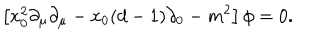
\left[ x _ { 0 } ^ { 2 } \partial _ { \mu } \partial _ { \mu } - x _ { 0 } ( d - 1 ) \partial _ { 0 } - m ^ { 2 } \right] \phi = 0 .